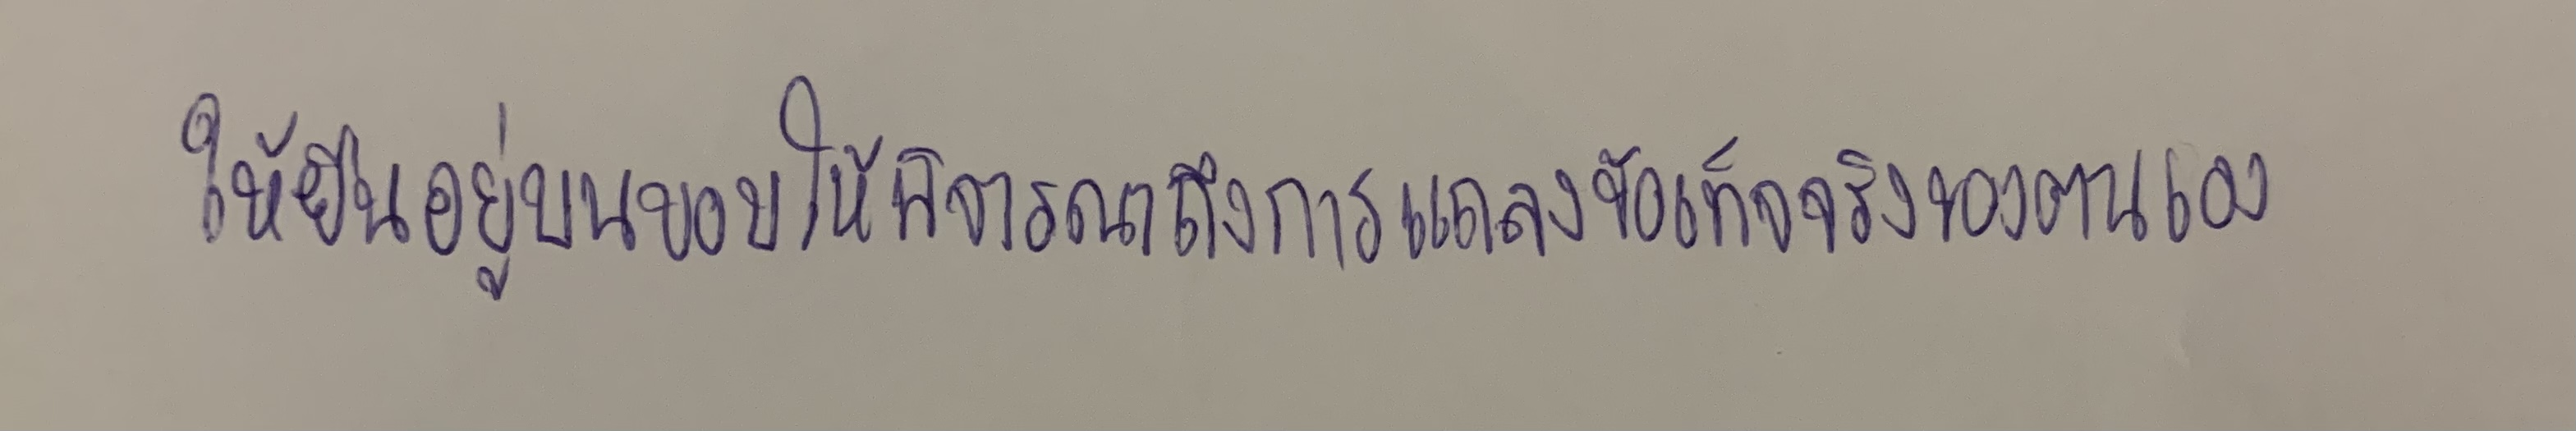
ให้ยืนอยู่บนขอบให้พิจารณาถึงการแถลงข้อเท็จจริงของตนเอง